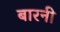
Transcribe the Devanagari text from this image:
बारनी